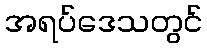
အရပ်ဒေသတွင်